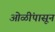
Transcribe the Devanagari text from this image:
ओळींपासून